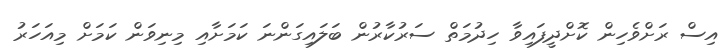
އިސް ރަށްވެހިން ކޮށްދީފައިވާ ހިދުމަތް ސަރުކާރުން ބަލައިގަންނަ ކަމަށާއި މިނިވަން ކަމަށް މިއަހަރު